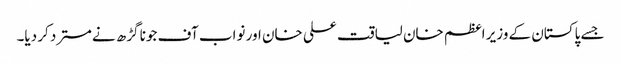
جسے پاکستان کے وزیر اعظم خان لیاقت علی خان اور نواب آف جونا گڑھ نےمسترد کر دیا۔